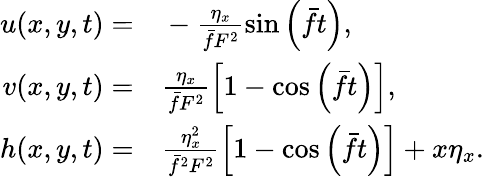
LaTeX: \begin{array}{rl}{u(x,y,t)=}&{{}-\frac{\eta_{x}}{\bar{f}F^{2}}\sin\left(\bar{f}t\right),}\\ {v(x,y,t)=}&{{}\frac{\eta_{x}}{\bar{f}F^{2}}\left[1-\cos\left(\bar{f}t\right)\right],}\\ {h(x,y,t)=}&{{}\frac{\eta_{x}^{2}}{\bar{f}^{2}F^{2}}\left[1-\cos\left(\bar{f}t\right)\right]+x\eta_{x}.}\end{array}